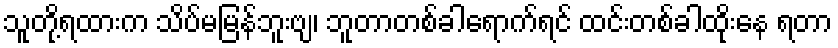
သူတို့ရထားက သိပ်မမြန်ဘူးဗျ၊ ဘူတာတစ်ခါရောက်ရင် ထင်းတစ်ခါထိုးနေ ရတာ